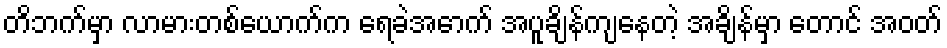
တိဘက်မှာ လာမားတစ်ယောက်က ရေခဲအောက် အပူချိန်ကျနေတဲ့ အချိန်မှာ တောင် အဝတ်